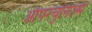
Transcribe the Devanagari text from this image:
ऑपरचुनिज़्म